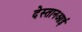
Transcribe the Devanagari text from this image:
देस्तानआई